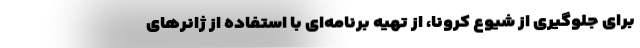
برای جلوگیری از شیوع کرونا، از تهیه‌ برنامه‌ای با استفاده از ژانرهای